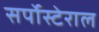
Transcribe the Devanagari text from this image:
सर्पोस्टेराल